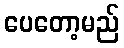
ပေတော့မည်